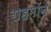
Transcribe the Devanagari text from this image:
राहमॉन